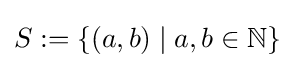
S:=\{(a,b)\mid a,b\in \mathbb {N} \}